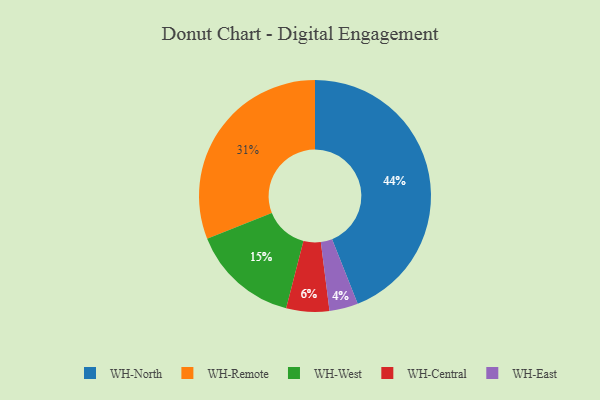
{"axis": {"x": "Category", "y": "Percentage"}, "legend": ["WH-Central", "WH-East", "WH-North", "WH-Remote", "WH-West"], "data": [{"x": "WH-Remote", "y": 31, "type": "WH-Remote"}, {"x": "WH-East", "y": 4, "type": "WH-East"}, {"x": "WH-North", "y": 44, "type": "WH-North"}, {"x": "WH-West", "y": 15, "type": "WH-West"}, {"x": "WH-Central", "y": 6, "type": "WH-Central"}]}